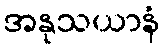
အနုသယာနံ